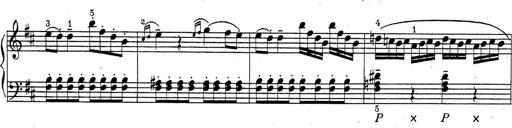
Title: ÄŒeskÃ© Sonatiny
Composer: Various